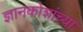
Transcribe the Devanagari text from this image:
ज्ञानकोशांच्या